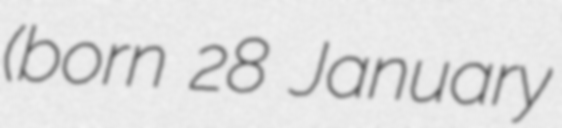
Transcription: (born 28 January